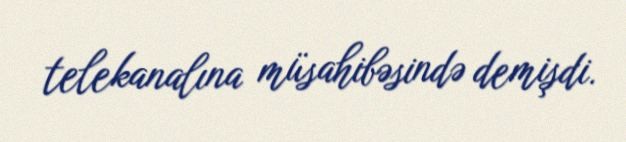
telekanalına müsahibəsində demişdi.